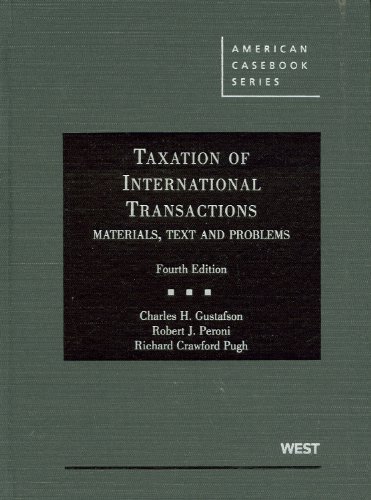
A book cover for Taxation of International Transactions: Materials, Texts And Problems, 4th (American Casebook Series); Charles Gustafson; Law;